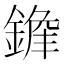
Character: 𨪭